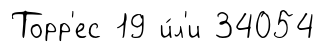
Торр'ес 19 и́л'и 34054